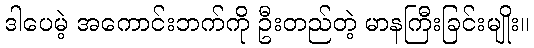
ဒါပေမဲ့ အကောင်းဘက်ကို ဦးတည်တဲ့ မာနကြီးခြင်းမျိုး။